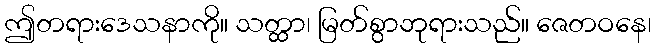
ဤတရားဒေသနာကို။ သတ္ထာ၊ မြတ်စွာဘုရားသည်။ ဇေတဝနေ၊